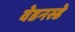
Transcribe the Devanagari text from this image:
वेडनस्डे